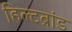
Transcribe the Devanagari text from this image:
हिल्टब्रांड